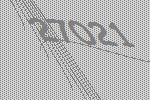
27021